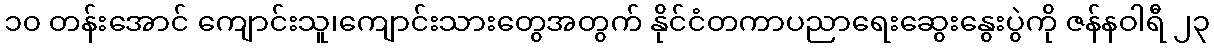
၁၀ တန်းအောင် ကျောင်းသူ၊ကျောင်းသားတွေအတွက် နိုင်ငံတကာပညာရေးဆွေးနွေးပွဲကို ဇန်နဝါရီ ၂၃